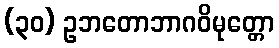
(၃၀) ဥဘတောဘာဂဝိမုတ္တော